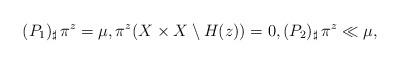
LaTeX: \begin{align*}(P_{1})_{\sharp}\,\pi^{z} = \mu, \pi^{z} (X\times X \setminus H(z))=0, (P_{2})_{\sharp}\, \pi^{z} \ll \mu, \end{align*}